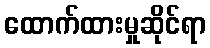
ထောက်ထားမှုဆိုင်ရာ